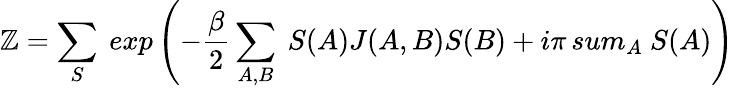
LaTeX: \mathbb{Z}=\sum_{S}\ exp\left(-{\frac{{\beta}}{{2}}}\sum_{A,B}\ S(A)J(A,B)S(B)+i\pi\, sum_{A}\ S(A)\right)